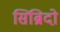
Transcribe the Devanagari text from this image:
सिब्रिदो